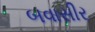
બવાસીર